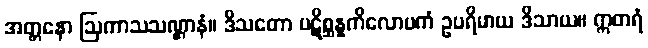
အတ္တနော ဩကာသသဏ္ဌာနံ။ ဒိသတော ပဋိစ္ဆန္နကိလောမကံ ဥပရိမာယ ဒိသာယ။ ဣတရံ